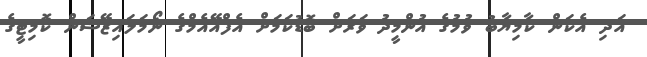
އަދި އެކަން ކާމިޔާބު ވުމުގެ އުންމީދު ވަރަށް ބޮޑުކަމަށް އެފްއޭއެމްގެ ނޯމަލައިޒޭޝަން ކޮމިޓީގެ